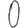
Digit: 0